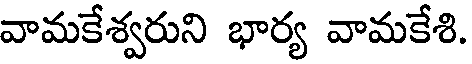
వామకేశ్వరుని భార్య వామకేశి.